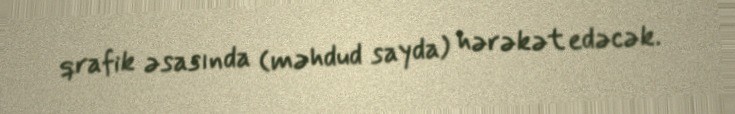
qrafik əsasında (məhdud sayda) hərəkət edəcək.